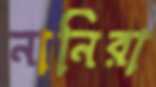
নানিরা